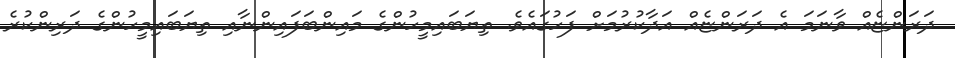
ދަރަންޏެއް ވާނަމަ އެ ދަރަންޏެއް އަދާކުރުމަށް ފަހުގައެވެ. ތިޔަބައިމީހުންގެ މައިންބަފައިންނާއި ތިޔަބައިމީހުންގެ ދަރިންކުރެ